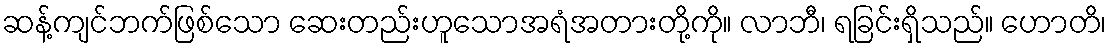
ဆန့်ကျင်ဘက်ဖြစ်သော ဆေးတည်းဟူသောအရံအတားတို့ကို။ လာဘီ၊ ရခြင်းရှိသည်။ ဟောတိ၊